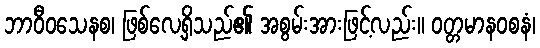
ဘာဝီဝသေနစ၊ ဖြစ်လေ့ရှိသည်၏ အစွမ်းအားဖြင့်လည်း။ ဝတ္တမာနဝစနံ၊